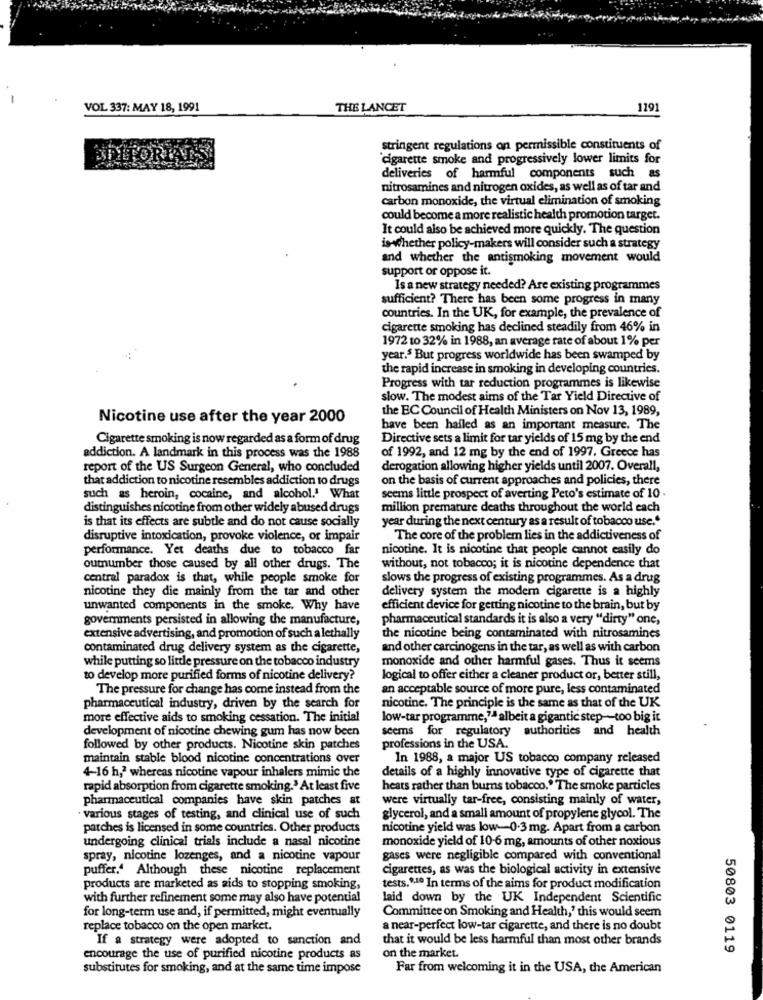
VOL 337: MAY 18, 1991
THE LANCET
1191
stringent regulations on permissible constituents of
EDITORIAL
"cigarette smoke and progressively lower limits for
deliveries of harmful components such as
nitrosamines and nitrogen oxides, as well as of tar and
carbon monoxide, the virtual elimination of smoking
could become a more realistic health promotion target.
It could also be achieved more quickly. The question
is-whether policy-makers will consider such a strategy
and whether the antismoking movement would
support or oppose it.
Is a new strategy needed? Are existing programmes
sufficient? There has been some progress in many
countries. In the UK, for example, the prevalence of
cigarette smoking has declined steadily from 46% in
1972 to 32% in 1988, an average rate of about 1% per
year.5 But progress worldwide has been swamped by
the rapid increase in smoking in developing countries.
Progress with tar reduction programmes is likewise
slow. The modest aims of the Tar Yield Directive of
the EC Council of Health Ministers on Nov 13, 1989,
Nicotine use after the year 2000
have been hailed as an important measure. The
Cigarette smoking is now regarded as a form of drug
Directive sets a limit for tar yields of 15 mg by the end
of 1992, and 12 mg by the end of 1997. Greece has
addiction. A landmark in this process was the 1988
report of the US Surgeon General, who concluded
derogation allowing higher yields until 2007. Overall,
that addiction to nicotine resembles addiction to drugs
on the basis of current approaches and policies, there
such as heroin, cocaine, and alcohol.' What
seems little prospect of averting Peto's estimate of 10 .
distinguishes nicotine from other widely abused drugs
million premature deaths throughout the world each
is that its effects are subtle and do not cause socially
year during the next century as a result of tobacco use."
disruptive intoxication, provoke violence, or impair
The core of the problem lies in the addictiveness of
performance. Yet deaths due to tobacco far
nicotine. It is nicotine that people cannot easily do
outnumber those caused by all other drugs. The
without, not tobacco; it is nicotine dependence that
central paradox is that, while people smoke for
slows the progress of existing programmes. As a drug
nicotine they die mainly from the tar and other
delivery system the modern cigarette is a highly
unwanted components in the smoke. Why have
efficient device for getting nicotine to the brain, but by
governments persisted in allowing the manufacture,
pharmaceutical standards it is also a very "dirty" one,
extensive advertising, and promotion of such a lethally
the nicotine being contaminated with nitrosamines
contaminated drug delivery system as the cigarette,
and other carcinogens in the tar, as well as with carbon
while putting so little pressure on the tobacco industry
monoxide and other harmful gases. Thus it seems
to develop more purified forms of nicotine delivery?
logical to offer either a cleaner product or, better still,
The pressure for change has come instead from the
an acceptable source of more pure, less contaminated
pharmaceutical industry, driven by the search for
nicotine. The principle is the same as that of the UK
more effective aids to smoking cessation. The initial
low-tar programme," albeit a gigantic step-too big it
development of nicotine chewing gum has now been
seems for regulatory
authorities and health
followed by other products. Nicotine skin patches
professions in the USA.
maintain stable blood nicotine concentrations over
In 1988, a major US tobacco company released
4-16 h," whereas nicotine vapour inhalers mimic the
details of a highly innovative type of cigarette that
rapid absorption from cigarette smoking.' At least five
heats rather than burns tobacco." The smoke particles
pharmaceutical companies have skin patches at
were virtually tar-free, consisting mainly of water,
· various stages of testing, and clinical use of such
glycerol, and a small amount of propylene glycol. The
patches is licensed in some countries. Other products
nicotine yield was low-0.3 mg. Apart from a carbon
undergoing clinical trials include a nasal nicotine
monoxide yield of 10-6 mg, amounts of other noxious
spray, nicotine lozenges, and a nicotine vapour
gases were negligible compared with conventional
puffer.4 Although these nicotine replacement
cigarettes, as was the biological activity in extensive
products are marketed as aids to stopping smoking,
tests.9.10 In terms of the aims for product modification
with further refinement some may also have potential
laid down by the UK Independent Scientific
Committee on Smoking and Health,' this would seem
for long-term use and, if permitted, might eventually
replace tobacco on the open market.
a near-perfect low-tar cigarette, and there is no doubt
If a strategy were adopted to sanction and
that it would be less harmful than most other brands
50803 0119
encourage the use of purified nicotine products as
on the market.
substitutes for smoking, and at the same time impose
Far from welcoming it in the USA, the American